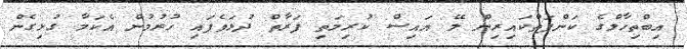
އިބްތިހާލްގެ ކަންފަތްކައިރިން ލޭ އައިސް ކުރިމަތި ފަރާތް ދުޅަވެފައި ހުރުމުން އެކަމާ ގުޅިގެން